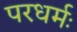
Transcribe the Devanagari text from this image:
परधर्मः